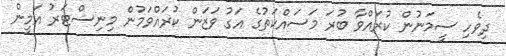
ދިވެހި ސީމަނުން ކުރައްވާ ބުރަ މަސައްކަތުގެ އަގު ވަޒަން ކުރައްވަމުން މިނިސްޓަރު އަމީން